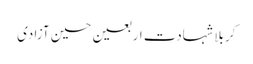
کربلا شہادت اربعین حسین آزادی